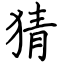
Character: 猜